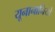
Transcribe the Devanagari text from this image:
यूनानानियों